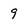
Character: g